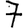
Digit: 7